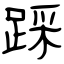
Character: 踩